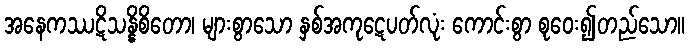
အနေကဿဋိသန္နိစိတော၊ များစွာသော နှစ်အကုဋေပတ်လုံး ကောင်းစွာ စုဝေး၍တည်သော။